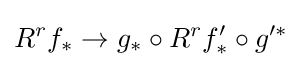
R^{r}f_{*}\to g_{*}\circ R^{r}f'_{*}\circ g'^{*}